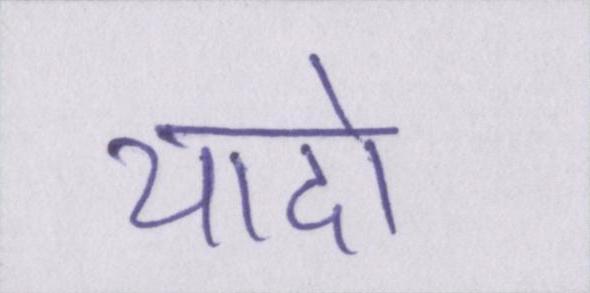
यादो